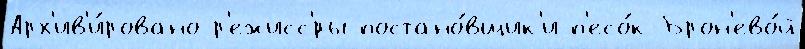
Арх'ив'и́ровано р'ежисс'́ры-постано́вщик'и п'есо́к Брон'ево́й